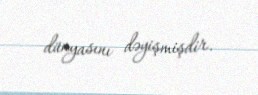
dünyasını dəyişmişdir.